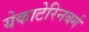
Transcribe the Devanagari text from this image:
येकाटेरिनबर्ग